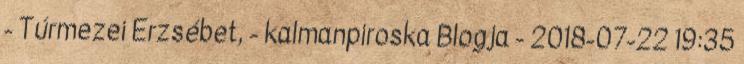
- Túrmezei Erzsébet, - kalmanpiroska Blogja - 2018-07-22 19:35